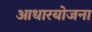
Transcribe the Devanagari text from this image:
आधारयोजना